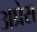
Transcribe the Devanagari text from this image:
अप्रेस